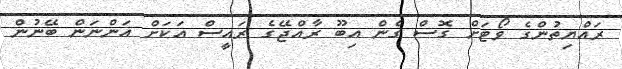
ރައްޔިތުންގެ ވޯޓަށް ގޮސް ގެން އިބޫ ރާއްޖޭގެ ރައީސް އަކަށް އަންނަން ބޭނުން